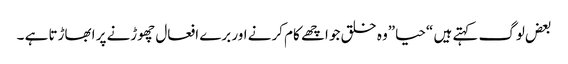
بعض لوگ کہتے ہیں “حیا”وہ خلق جو اچھے کام کرنے اور برے افعال چھوڑنے پر ابھاڑتا ہے ۔